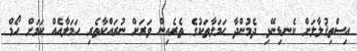
އިސްތިޤުލާލަށް ކެނޑިނޭޅި ދެމުންދާ ޙަމަލާތަކުގެ ތެރެއިން ވަރަށް ނުރައްކާތެރި ޙަމަލާއެއް ކަމަށް ހޯމް